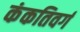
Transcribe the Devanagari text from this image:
कंकतिवर्ग